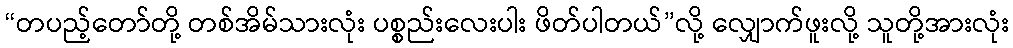
“တပည့်တော်တို့ တစ်အိမ်သားလုံး ပစ္စည်းလေးပါး ဖိတ်ပါတယ်”လို့ လျှောက်ဖူးလို့ သူတို့အားလုံး